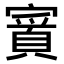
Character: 𫴉